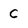
Character: C